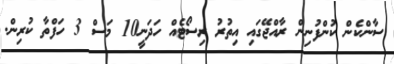
ސާންކެން ކުންފުނިން ރާއްޖޭގައި އިތުރު ރިސޯޓެއް ހަދަނީ10 މަސް 3 ހަފްތާ ކުރިން.